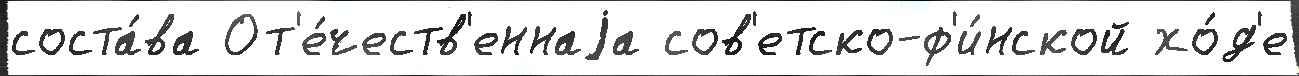
соста́ва От'е́честв'еннаjа сов'етско-ф'и́нской хо́д'е